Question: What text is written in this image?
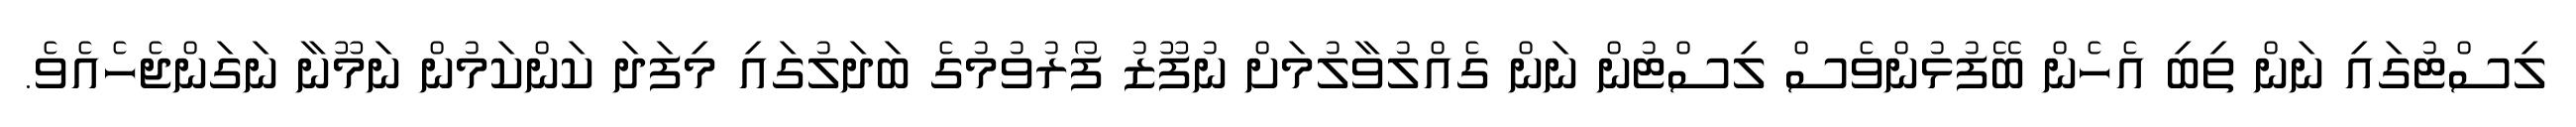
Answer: ލިސްޓުގައި ނަން ތިބި އެހެން ބޭފުޅުންވެސް ލިސްޓުން ނަން ގެއްލުވާލުމަށް ނުފޫޒު ފޯރުވުމުގެ ބަދަލުގައި މިފަދަ ކަންކަމުން ނަމޫނާ ނަގަންޖެހެއެވެ.